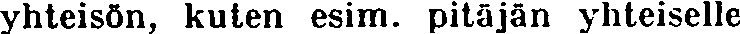
yhteisön, kuten esim. pitäjän yhteiselle